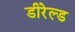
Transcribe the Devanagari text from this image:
डीरेल्ड